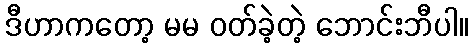
ဒီဟာကတော့ မမ ဝတ်ခဲ့တဲ့ ဘောင်းဘီပါ။